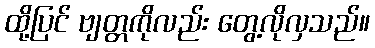
ထို့ပြင် ဗျတ္တကိုလည်း တွေ့လိုလှသည်။